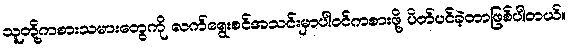
သူတို့ကစားသမားတွေကို လက်ရွေးစင်အသင်းမှာပါဝင်ကစားဖို့ ပိတ်ပင်ခဲ့တာဖြစ်ပါတယ်။